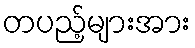
တပည့်များအား